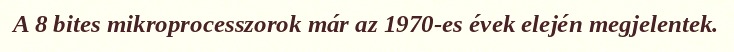
A 8 bites mikroprocesszorok már az 1970-es évek elején megjelentek.